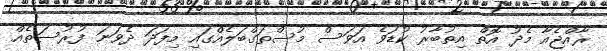
ރާއްޖެއާ މެދު އޮތް އިތުބާރު ކުޑަވެ އަވަސް މުސްތަގްބަލެއްގައި މިފަދަ ދެވަނަ ފުރުސަތެއް